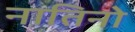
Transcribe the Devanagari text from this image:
नातिनो